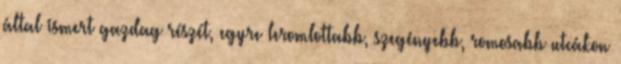
által ismert gazdag részét, egyre leromlottabb, szegényebb, romosabb utcákon